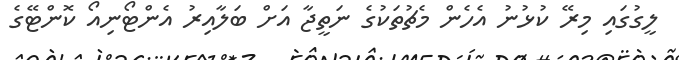
ލީގުގައި މިރޭ ކުޅުނު އެހެން މެޗުތަކުގެ ނަތީޖާ އަށް ބަލާއިރު އެންޓޯނިއޯ ކޮންޓޭގެ